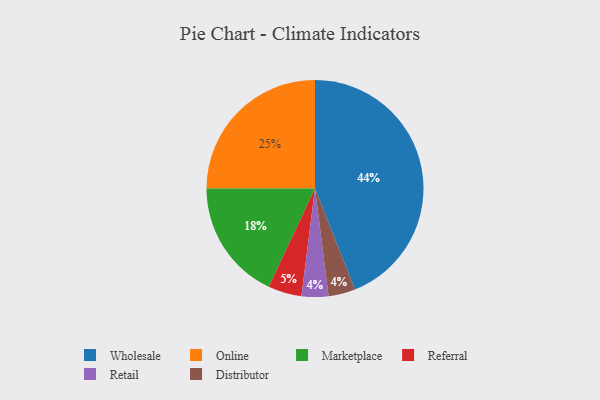
{"axis": {"x": "Category", "y": "Percentage"}, "legend": ["Distributor", "Marketplace", "Online", "Referral", "Retail", "Wholesale"], "data": [{"x": "Referral", "y": 5, "type": "Referral"}, {"x": "Retail", "y": 4, "type": "Retail"}, {"x": "Distributor", "y": 4, "type": "Distributor"}, {"x": "Wholesale", "y": 44, "type": "Wholesale"}, {"x": "Marketplace", "y": 18, "type": "Marketplace"}, {"x": "Online", "y": 25, "type": "Online"}]}